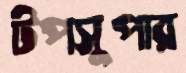
টপসুপার